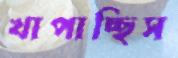
খাপাচ্ছিস